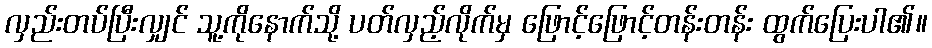
လှည်းတပ်ပြီးလျှင် သူ့ကိုနောက်သို့ ပတ်လှည့်လိုက်မှ ဖြောင့်ဖြောင့်တန်းတန်း ထွက်ပြေးပါ၏။